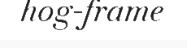
hog-frame